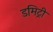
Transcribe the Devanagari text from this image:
डमिट्री